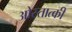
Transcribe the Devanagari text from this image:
ओस्तात्की